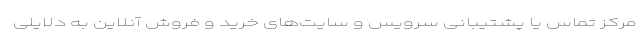
مرکز تماس یا پشتیبانی سرویس و سایت‌های خرید و فروش آنلاین به دلایلی